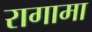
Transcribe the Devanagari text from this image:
रागामा